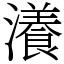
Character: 瀁